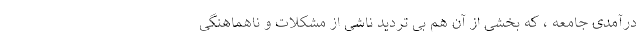
درآمدی جامعه ، که بخشی از آن هم بی تردید ناشی از مشکلات و ناهماهنگی